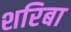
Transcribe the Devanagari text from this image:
शरिबा